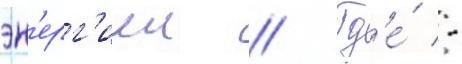
эн'ерг'иеи // Гд'е́ -